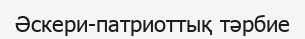
Әскери-патриоттық тәрбие